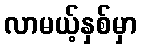
လာမယ့်နှစ်မှာ